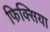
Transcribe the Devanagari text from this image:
फिक्सिया